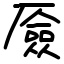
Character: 厱